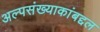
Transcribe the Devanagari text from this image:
अल्पसंख्याकांबद्दल